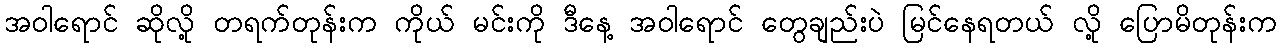
အဝါရောင် ဆိုလို့ တရက်တုန်းက ကိုယ် မင်းကို ဒီနေ့ အဝါရောင် တွေချည်းပဲ မြင်နေရတယ် လို့ ပြောမိတုန်းက